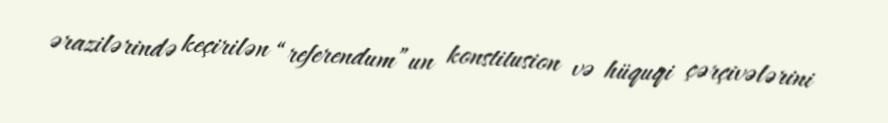
ərazilərində keçirilən “referendum”un konstitusion və hüquqi çərçivələrini